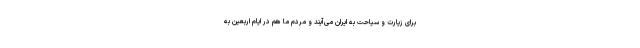
برای زیارت و سیاحت به ایران می‌آیند و مردم ما هم در ایام اربعین به